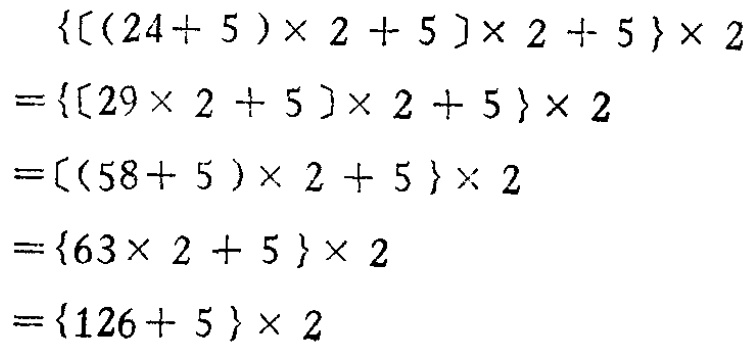
\[

\begin{align*}

\{[(24 + 5)\times2+5]\times2 + 5\}\times2&=\{[29\times2 + 5]\times2+5\}\times2\\

&=\{[(58 + 5)\times2+5]\times2\\

&=\{63\times2 + 5\}\times2\\

&=\{126+ 5\}\times2

\end{align*}

\]